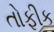
તોફીક